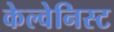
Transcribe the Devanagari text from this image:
केल्वेनिस्ट